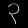
Digit: ၃